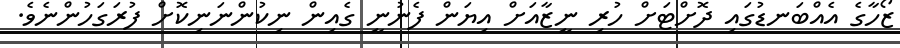
ޒޯހާގެ އެއްބަނޑުގައި ދޮށްޓަށް ހުރި ނީޒާއަށް އިޔަން ފެނުނީ ގެއިން ނިކުންނަނިކޮށް ފުރަގަހުންނެވެ.